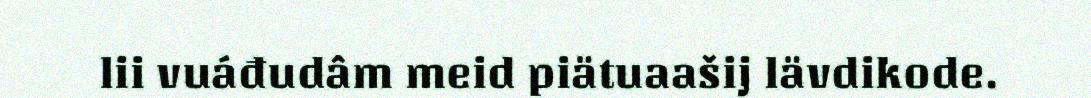
lii vuáđudâm meid piätuaašij lävdikode.